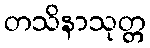
တသိနာသုတ္တ